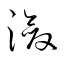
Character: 瀲